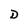
Character: D